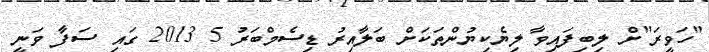
"ހަވީރަ"ށް ލިބިފައިވާ ލިޔެކިޔުންތަކަށް ބަލާއިރު ޑިސެމްބަރު 5 2013 ގައި ސަފާ ވަނީ